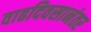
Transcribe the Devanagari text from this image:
वाढदिवसानंतर